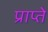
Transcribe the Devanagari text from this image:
प्राप्ते